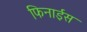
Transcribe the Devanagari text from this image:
फिनाईस